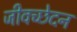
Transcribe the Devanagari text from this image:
जीवच्छेदन